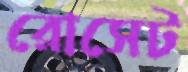
রোসেট